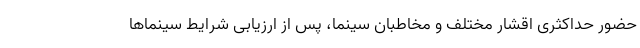
حضور حداکثری اقشار مختلف و مخاطبان سینما، پس از ارزیابی شرایط سینماها